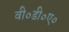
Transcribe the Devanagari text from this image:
वी०डी०ए०